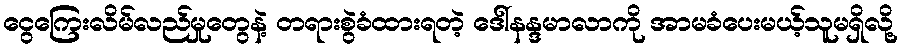
ငွေကြေးလိမ်လည်မှုတွေနဲ့ တရားစွဲခံထားရတဲ့ ဒေါ်နန္ဒမာလာကို အာမခံပေးမယ့်သူမရှိလို့